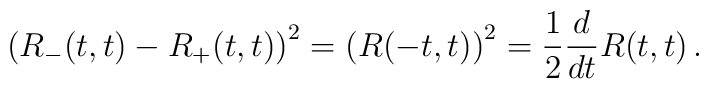
\left(R_-(t,t)-R_+(t,t)\right)^2 = \left(R(-t,t)\right)^2={1\over 2} {d\over dt} R(t,t) \, .